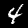
Label: 4